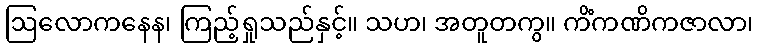
ဩလောကနေန၊ ကြည့်ရှုသည်နှင့်။ သဟ၊ အတူတကွ။ ကိံကဏိကဇာလာ၊